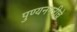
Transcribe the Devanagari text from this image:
पुण्यनगरीचे